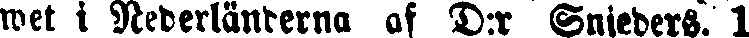
wet i Nederländerna af D:r Smeders. 1